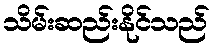
သိမ်းဆည်းနိုင်သည်